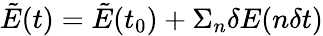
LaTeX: \tilde{E}(t)=\tilde{E}(t_{0})+\Sigma_{n}\delta E(n\delta t)